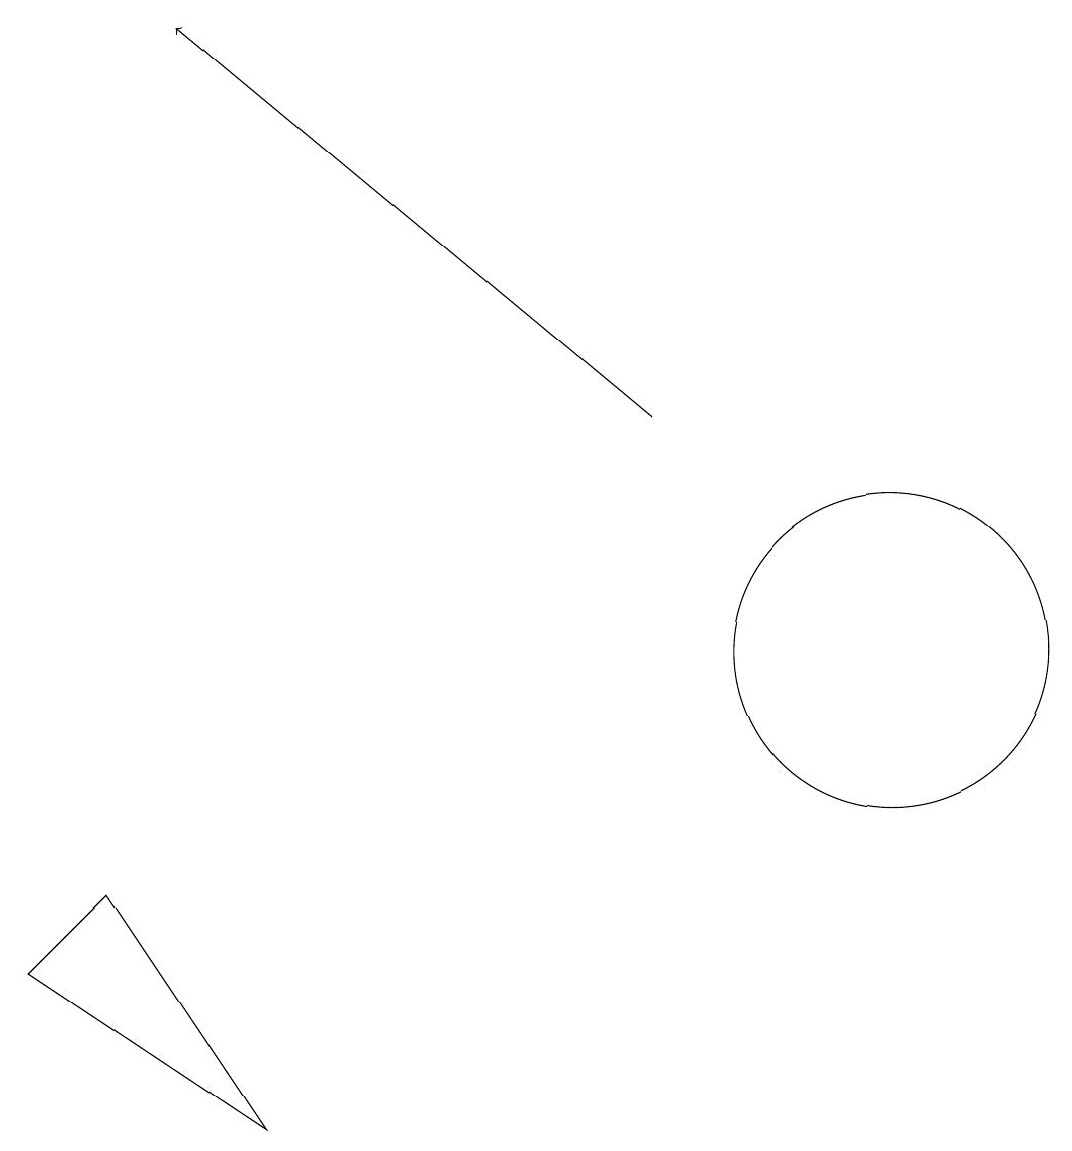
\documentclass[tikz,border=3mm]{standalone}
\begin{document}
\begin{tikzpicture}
\draw[->] (8,13) -- (2,18);
\draw (0,6) -- (3,4) -- (1,7) -- cycle;
\draw (11,10) circle (2);
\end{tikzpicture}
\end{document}